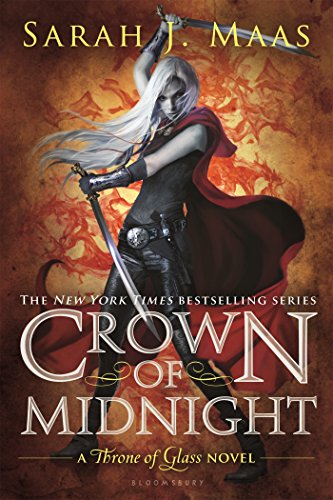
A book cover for Crown of Midnight (Throne of Glass); Sarah J. Maas; Teen & Young Adult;